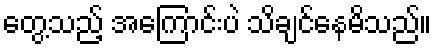
တွေ့သည့် အကြောင်းပဲ သိချင်နေမိသည်။